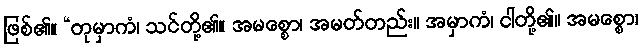
ဖြစ်၏။ “တုမှာကံ၊ သင်တို့၏။ အမစ္စော၊ အမတ်တည်း။ အမှာကံ၊ ငါတို့၏။ အမစ္စော၊